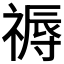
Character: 𥛑